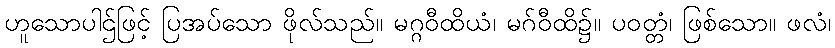
ဟူသောပါဌ်ဖြင့် ပြအပ်သော ဖိုလ်သည်။ မဂ္ဂဝီထိယံ၊ မဂ်ဝီထိ၌။ ပဝတ္တံ၊ ဖြစ်သော။ ဖလံ၊